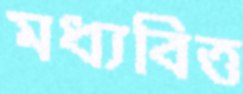
মধ্যবিত্ত